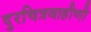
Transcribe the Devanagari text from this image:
दुरचित्रवाहीणी